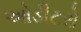
ઓડીટરો